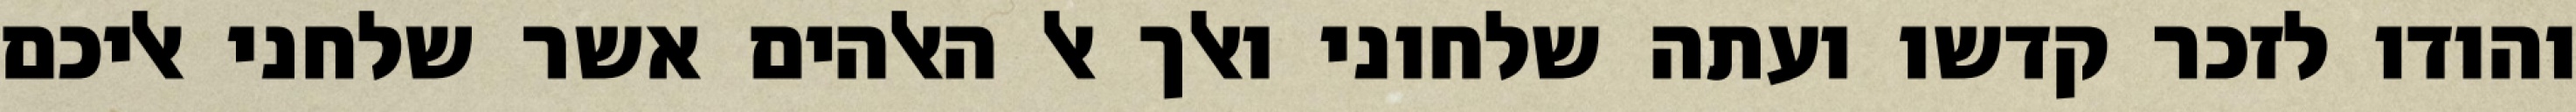
והודו לזכר קדשו ועתה שלחוני ואלך אל האלהים אשר שלחני אליכם